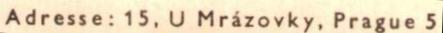
Adresse: 15, U Mrázovky, Prague 5